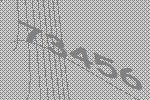
73456